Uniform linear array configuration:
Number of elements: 48
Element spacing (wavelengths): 0.25
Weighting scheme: hann
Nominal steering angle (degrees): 15
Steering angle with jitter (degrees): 16.785
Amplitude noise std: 0.05
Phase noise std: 0.05

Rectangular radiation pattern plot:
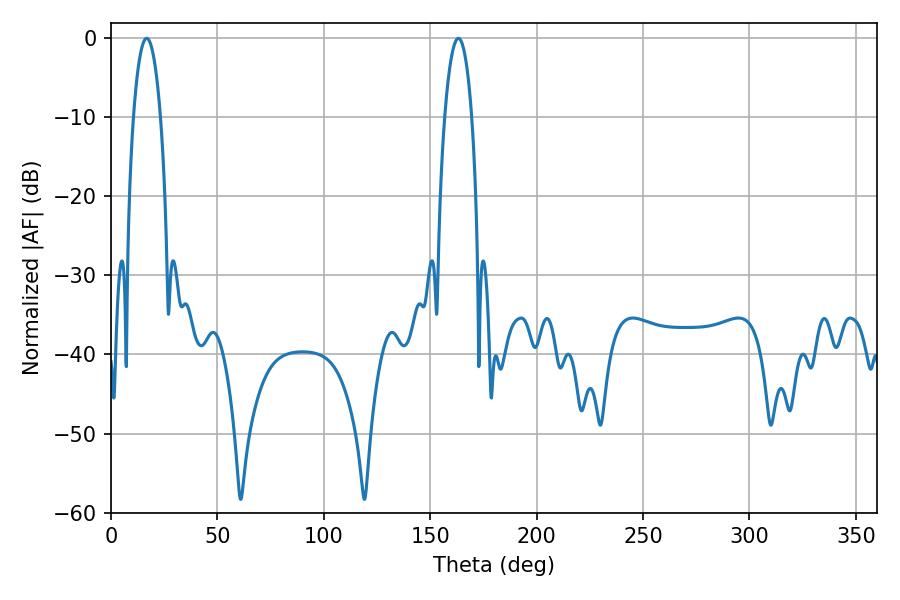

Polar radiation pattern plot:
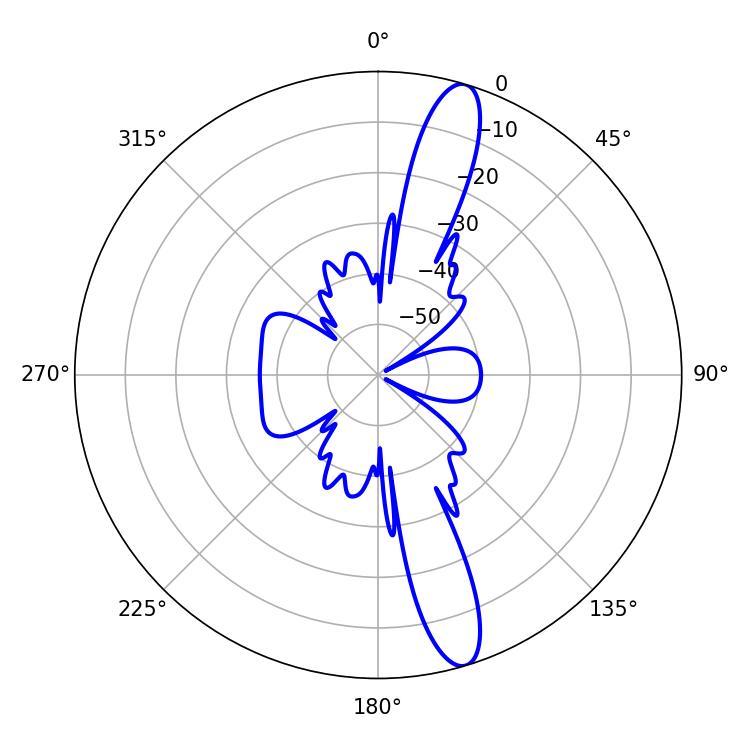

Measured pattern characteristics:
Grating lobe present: FALSE
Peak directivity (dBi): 14.176
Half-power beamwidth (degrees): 7.02
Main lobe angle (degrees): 163.26